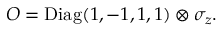
O = \mathrm { D i a g } ( 1 , - 1 , 1 , 1 ) \otimes \sigma _ { z } .